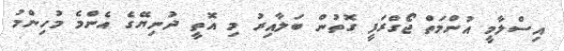
އިސްލާމީ އުންމަތް ޖޯގްރަފީ ގޮތުން ބަލާއިރު މި އޮތީ ދުނިޔޭގެ އެންމެ މުހިންމު